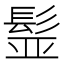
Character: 𩬾